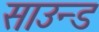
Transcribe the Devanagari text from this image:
साउन्‍ड